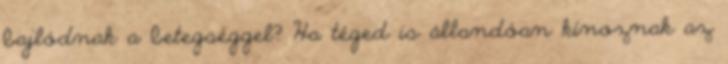
bajlódnak a betegséggel? Ha téged is állandóan kínoznak az